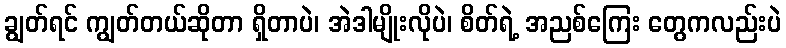
ချွတ်ရင် ကျွတ်တယ်ဆိုတာ ရှိတာပဲ၊ အဲဒါမျိုးလိုပဲ၊ စိတ်ရဲ့ အညစ်ကြေး တွေကလည်းပဲ